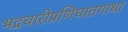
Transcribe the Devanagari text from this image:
भद्रचारीप्रणिघातगाथा